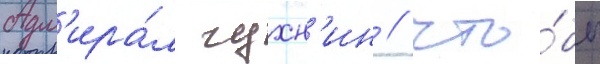
Адм'ира́л чухн'ин / что́бы